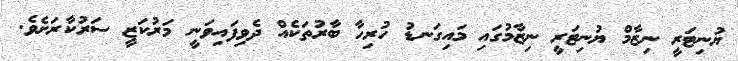
ޔުނިޓަރީ ނިޒާމް ޔުނިޓަރީ ނިޒާމުގައި މައިގަނޑު ހުރިހާ ބާރުތަކެއް ދެވިފައިވަނީ މަރުކަޒީ ސަރުކާރަށެވެ.